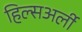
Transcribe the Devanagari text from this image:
हिल्सअर्ली